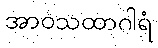
အာဝသထာဂါရံ